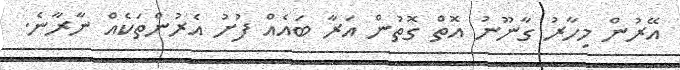
އޭރުން މިހާރު ގާނޫނު އޮތް ގޮތުން އަރާ ބައެއް ފުށު އެރުންތަކެއް ނާރާނެ.